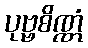
ပုဗ္ဗစိဏ္ဏံ